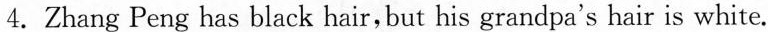
4. Zhang Peng has black hair,but his grandpa's hair is white.